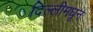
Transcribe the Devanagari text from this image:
दिल्लीमधून